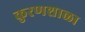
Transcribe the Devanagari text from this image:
कुरणशाळा